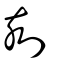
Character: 刻